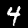
Digit: 4